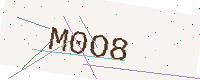
Text: M0O8